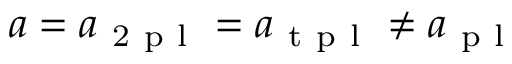
a = a _ { \mathrm { ~ 2 ~ p ~ l ~ } } = a _ { \mathrm { ~ t ~ p ~ l ~ } } \ne a _ { \mathrm { ~ p ~ l ~ } }